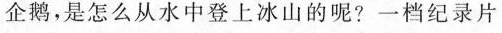
企鹅，是怎么从水中登上冰山的呢?一档纪录片